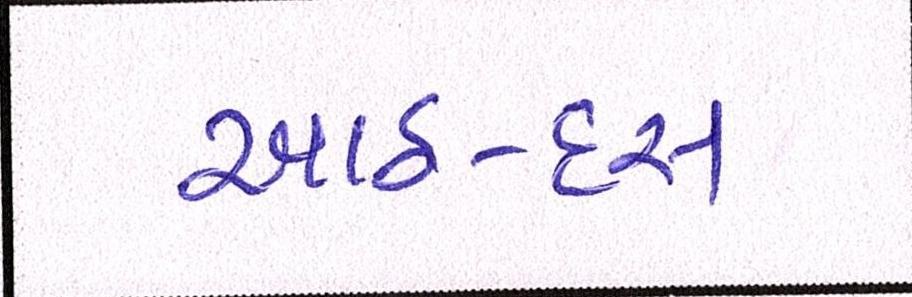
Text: આઠ-દસ